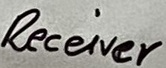
Text: Receiver